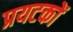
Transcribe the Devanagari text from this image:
प्रयटकों